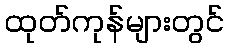
ထုတ်ကုန်များတွင်